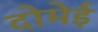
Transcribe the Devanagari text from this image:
दोमेई